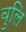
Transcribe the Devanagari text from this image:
वुलि